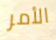
الأمر